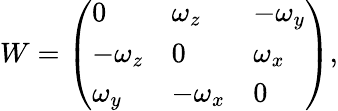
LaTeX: W={\left(\begin{array}{lll}{0}&{\omega_{z}}&{-\omega_{y}}\\ {-\omega_{z}}&{0}&{\omega_{x}}\\ {\omega_{y}}&{-\omega_{x}}&{0}\end{array}\right)},